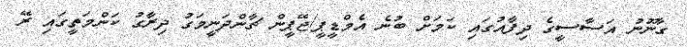
ގާނޫނު އަސާސީގެ ދިފާއުގައި ކަމަށް ބުނެ އެމްޑީޕީ/ޖޭޕީން ޗާންދަނީމަގު ދިރާގު ކަންމަތީގައި ރޭ